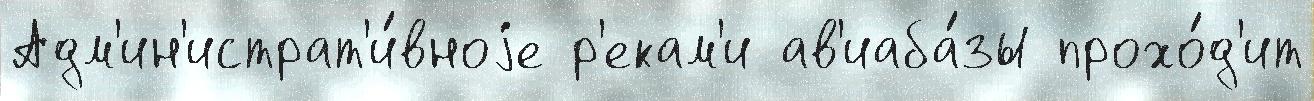
Адм'ин'истрат'и́вноjе р'екам'и ав'иаба́зы прохо́д'ит